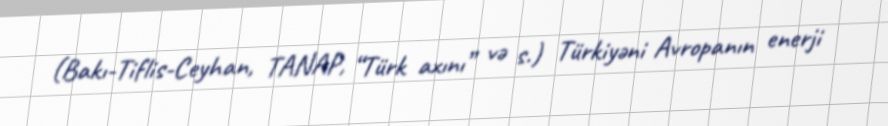
(Bakı-Tiflis-Ceyhan, TANAP, “Türk axını” və s.) Türkiyəni Avropanın enerji